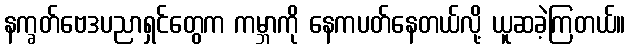
နက္ခတ်ဗေဒပညာရှင်တွေက ကမ္ဘာကို နေကပတ်နေတယ်လို့ ယူဆခဲ့ကြတယ်။